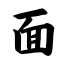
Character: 面